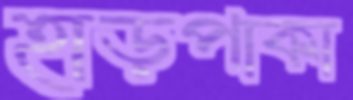
হাড়পাকা